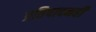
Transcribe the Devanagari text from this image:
प्रतिपादनही